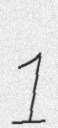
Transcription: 1